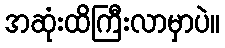
အဆုံးထိကြီးလာမှာပဲ။